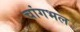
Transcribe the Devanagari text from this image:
चांगभल